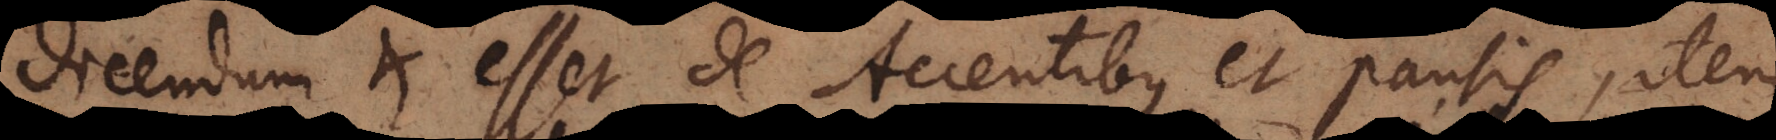
Dicendum et esset de Accentibus et pausis, item